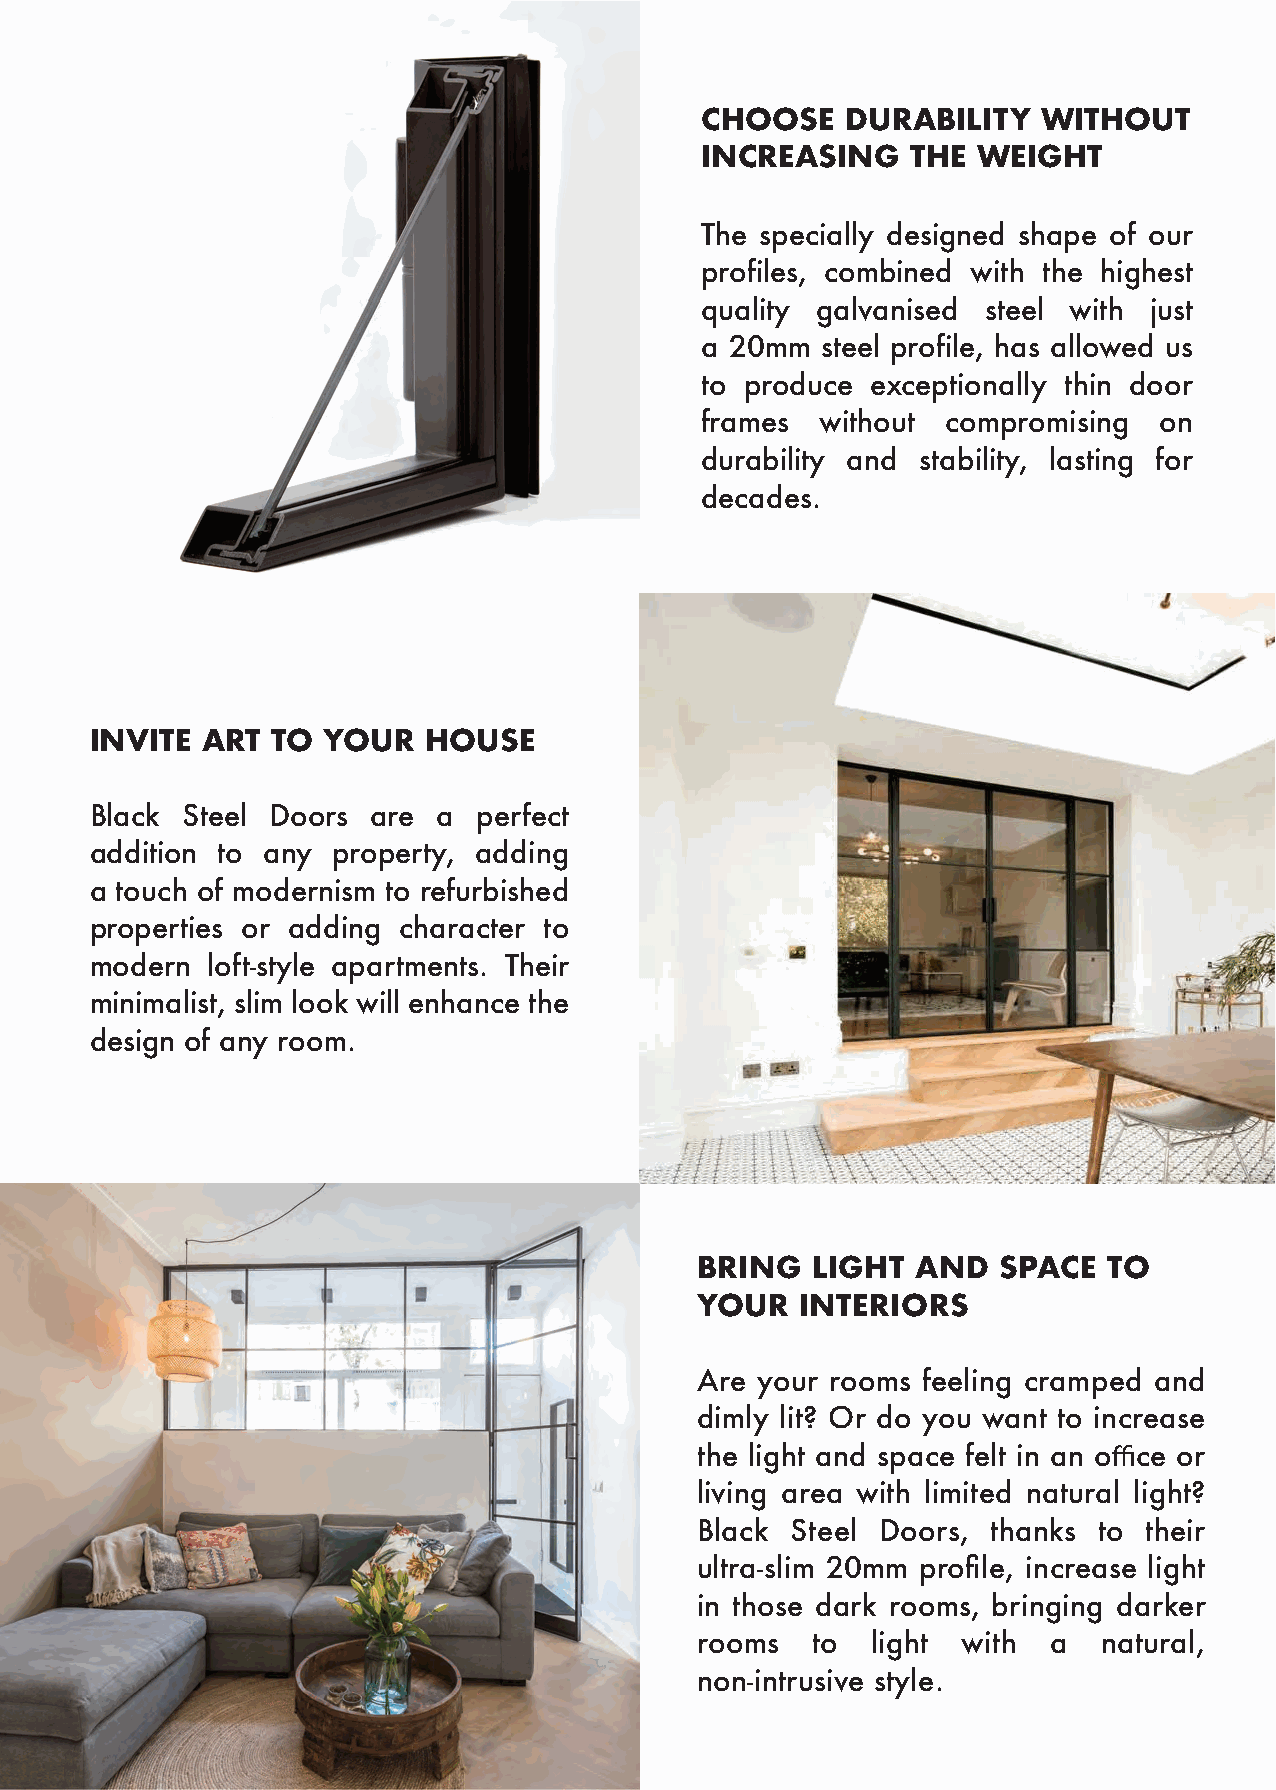
CHOOSE    DURABILITY   WITHOUT
 INCREASING    THE  WEIGHT
 The specially designed shape of our
 profiles, combined with the highest
 quality galvanised steel with just
 a 20mm  steel profile, has allowed us
 to produce  exceptionally thin door
 frames  without  compromising  on
 durability and stability, lasting for
 decades.
 INVITE ART  TO YOUR   HOUSE
 Black Steel Doors  are a  perfect
 addition to any property, adding
 a touch of modernism to refurbished
 properties or adding character to
 modern  loft-style apartments. Their
 minimalist, slim look will enhance the
 design of any room.
 BRING   LIGHT  AND  SPACE  TO
 YOUR   INTERIORS
 Are your rooms feeling cramped and
 dimly lit? Or do you want to increase
 the light and space felt in an office or
 living area with limited natural light?
 Black Steel Doors,  thanks to their
 ultra-slim 20mm profile, increase light
 in those dark rooms, bringing darker
 rooms   to  light with  a  natural,
 non-intrusive style.